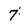
Character: 7